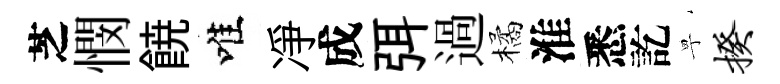
芝憫𩜙唯凈成弭過橘淮悉訖寧揆